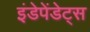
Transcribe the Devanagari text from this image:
इंडेपेंडेट्स